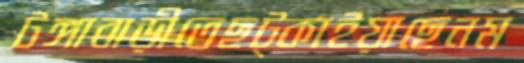
টঙ্গাবাড়ীতেছট্‌কাইয়াছেনম